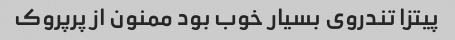
پیتزا تندروی بسیار خوب بود ممنون از پرپروک